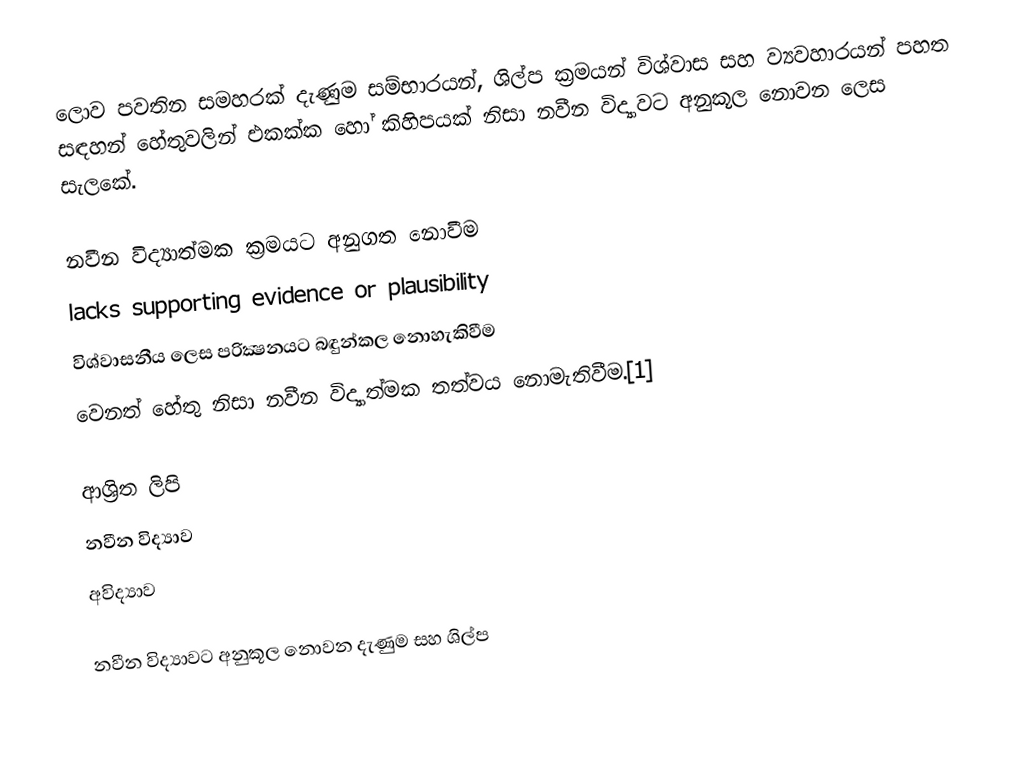
ලොව පවතින සමහරක් දැණුම සම්භාරයන්, ශිල්ප ක්‍රමයන් විශ්වාස සහ ව්‍යවහාරයන් පහත සඳහන් හේතුවලින් එකක්ක හෝ කිහිපයක් නිසා නවීන විද්‍යාවට අනුකූල නොවන ලෙස සැලකේ.

 නවීන විද්‍යාත්මක ක්‍රමයට අනුගත නොවීම
 lacks supporting evidence or plausibility
 විශ්වාසනීය ලෙස පරික්‍ෂනයට බඳුන්කල නොහැකිවීම
 වෙනත් හේතු නිසා නවීන විද්‍යාත්මක  තත්වය නොමැතිවීම.[1]

ආශ්‍රිත ලිපි
 නවීන විද්‍යාව
 අවිද්‍යාව

නවීන විද්‍යාවට අනුකූල නොවන දැණුම සහ ශිල්ප